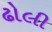
ઢોલી